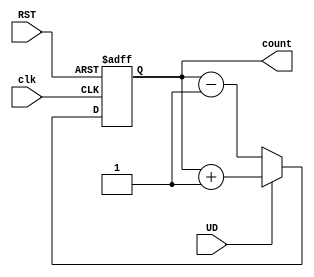
module up_down_counter (
    input wire clk,          // Clock signal for triggering
    input wire RST,          // Asynchronous reset signal
    input wire UD,           // Control signal (1 for up, 0 for down)
    output reg [N-1:0] count // Output count value (N-bit counter)
);
    parameter N = 4; // Number of bits (change as needed)

    always @(posedge clk or posedge RST) begin
        if (RST) begin
            count <= 0; // Reset the counter to 0
        end else if (UD) begin
            count <= count + 1; // Count up
        end else begin
            count <= count - 1; // Count down
        end
    end
endmodule